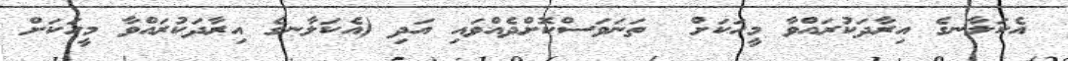
އެކަލާނގެ އިރާދަކުރައްވާ މީހަކަށް  ތަނަވަސްކޮށްދެއްވައި އަދި (އެކަލާނގެ އިރާދަކުރައްވާ މީހަކަށް